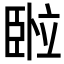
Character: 𬛦